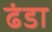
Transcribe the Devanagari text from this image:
ढंडा